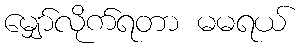
မျှော်လိုက်ရတာ မမရယ်